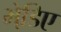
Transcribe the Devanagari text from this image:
भेडि़ए